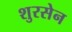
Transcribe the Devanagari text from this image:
शुरसेन